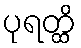
ပုရတ္ထိ